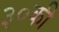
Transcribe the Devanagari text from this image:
३०की